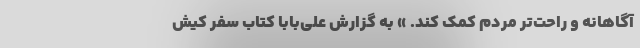
آگاهانه و راحت‌تر مردم کمک کند. » به گزارش علی‌بابا کتاب سفر کیش